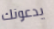
يدعونك